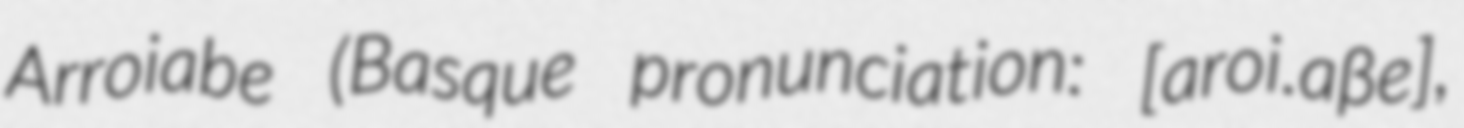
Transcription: Arroiabe (Basque pronunciation: [aroi.aβe],